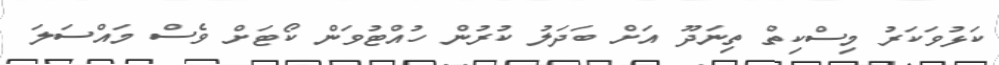
ކަޅުވަކަރު މިސްކިތް ތިނަދޫ އަށް ބަދަލު ކުރުން ހުއްޓުވަން ކޯޓަށް ވެސް މައްސަލަ